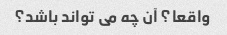
واقعا؟ آن چه می تواند باشد؟